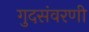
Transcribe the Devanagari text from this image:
गुदसंवरणी